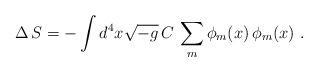
LaTeX: \begin{align*}\Delta\,S= - \int d^4x \sqrt{-g}\,C \,\sum_m\phi_m(x)\,\phi_m(x)\,\, .\end{align*}